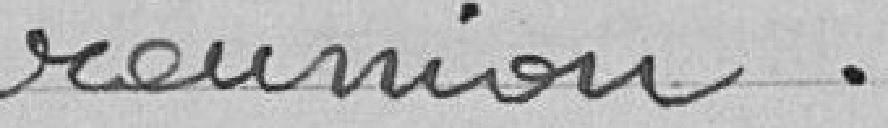
réunion.